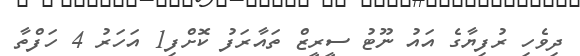
ދިވެހި ރުފިޔާގެ އައު ނޫޓު ސީރީޒް ތައާރަފު ކޮށްފި1 އަހަރު 4 ހަފްތާ